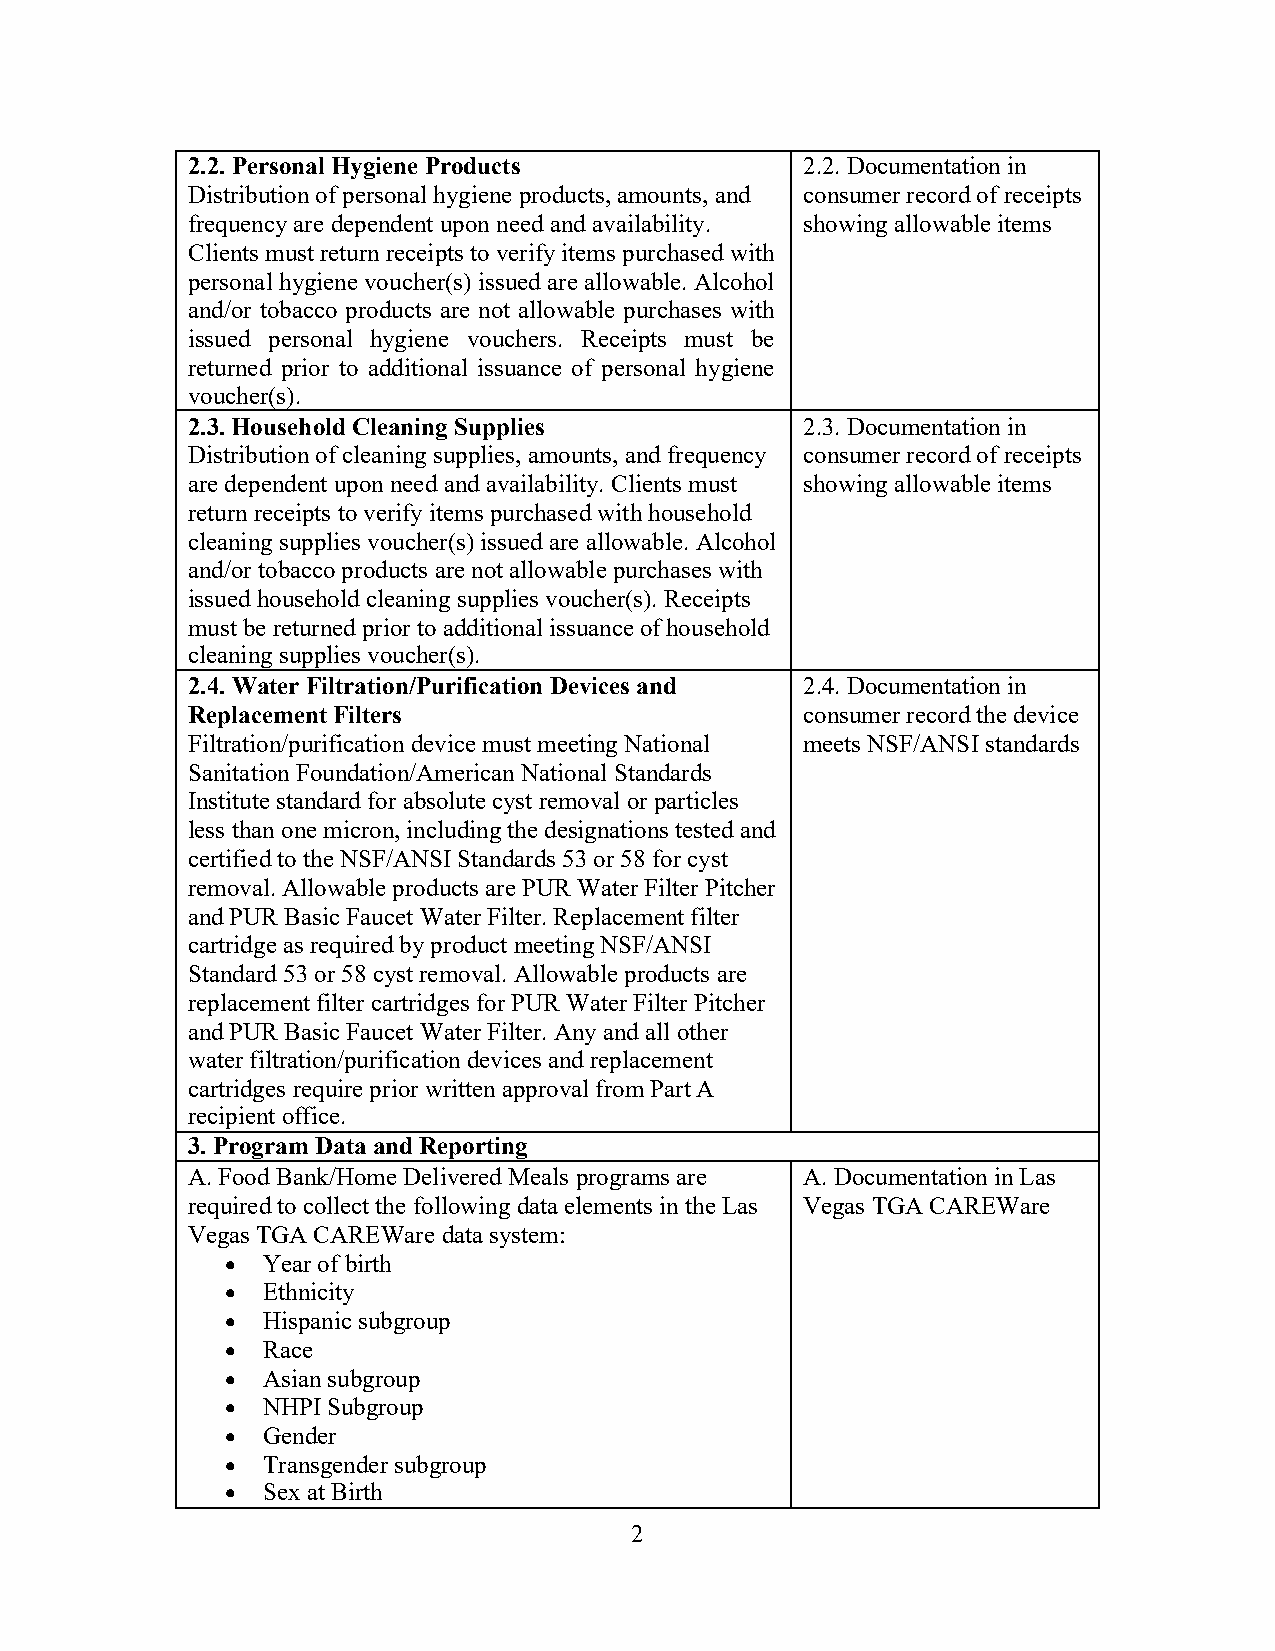
2.2. Personal Hygiene Products           2.2. Documentation in
 Distribution of personal hygiene products, amounts, and consumer record of receipts
 frequency are dependent upon need and availability. showing allowable items
 Clients must return receipts to verify items purchased with
 personal hygiene voucher(s) issued are allowable. Alcohol
 and/or tobacco products are not allowable purchases with
 issued personal hygiene vouchers. Receipts must be
 returned prior to additional issuance of personal hygiene
 voucher(s).
 2.3. Household Cleaning Supplies         2.3. Documentation in
 Distribution of cleaning supplies, amounts, and frequency consumer record of receipts
 are dependent upon need and availability. Clients must showing allowable items
 return receipts to verify items purchased with household
 cleaning supplies voucher(s) issued are allowable. Alcohol
 and/or tobacco products are not allowable purchases with
 issued household cleaning supplies voucher(s). Receipts
 must be returned prior to additional issuance of household
 cleaning supplies voucher(s).
 2.4. Water Filtration/Purification Devices and 2.4. Documentation in
 Replacement Filters                      consumer record the device
 Filtration/purification device must meeting National meets NSF/ANSI standards
 Sanitation Foundation/American National Standards
 Institute standard for absolute cyst removal or particles
 less than one micron, including the designations tested and
 certified to the NSF/ANSI Standards 53 or 58 for cyst
 removal. Allowable products are PUR Water Filter Pitcher
 and PUR Basic Faucet Water Filter. Replacement filter
 cartridge as required by product meeting NSF/ANSI
 Standard 53 or 58 cyst removal. Allowable products are
 replacement filter cartridges for PUR Water Filter Pitcher
 and PUR Basic Faucet Water Filter. Any and all other
 water filtration/purification devices and replacement
 cartridges require prior written approval from Part A
 recipient office.
 3. Program Data and Reporting
 A. Food Bank/Home Delivered Meals programs are A. Documentation in Las
 required to collect the following data elements in the Las Vegas TGA CAREWare
 Vegas TGA CAREWare data system:
 • Year of birth
 • Ethnicity
 • Hispanic subgroup
 • Race
 • Asian subgroup
 • NHPI Subgroup
 • Gender
 • Transgender subgroup
 • Sex at Birth
 2